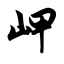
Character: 岬